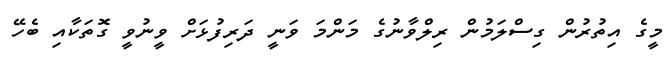
މީގެ އިތުރުން ގިސްލަމުން ރިލްވާނުގެ މަންމަ ވަނީ ދަރިފުޅަށް ވީނުވީ ގޮތަކާއި ބެހޭ